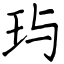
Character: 玙